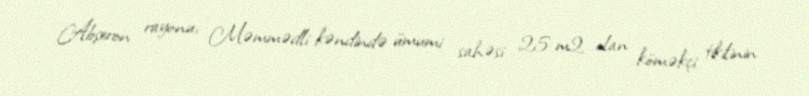
Abşeron rayonu, Məmmədli kəndində ümumi sahəsi 25 m2 olan köməkçi tikilinin